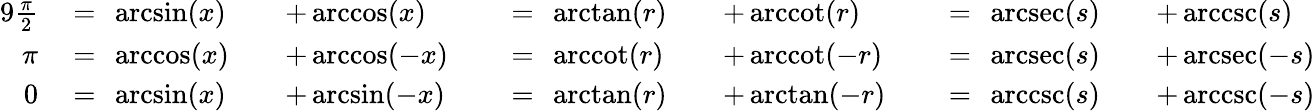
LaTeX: {\begin{array}{rlrlrlrlrlrl}{{9}{\frac{\pi}{2}}~}&{=~\arcsin(x)}&&{+\operatorname{arccos}(x)~}&&{=~\arctan(r)}&&{+\operatorname{arccot}(r)~}&&{=~\operatorname{arcsec}(s)}&&{+\operatorname{arccsc}(s)}\\ {\pi~}&{=~\operatorname{arccos}(x)}&&{+\operatorname{arccos}(-x)~}&&{=~\operatorname{arccot}(r)}&&{+\operatorname{arccot}(-r)~}&&{=~\operatorname{arcsec}(s)}&&{+\operatorname{arcsec}(-s)}\\ {0~}&{=~\arcsin(x)}&&{+\arcsin(-x)~}&&{=~\arctan(r)}&&{+\arctan(-r)~}&&{=~\operatorname{arccsc}(s)}&&{+\operatorname{arccsc}(-s)}\end{array}}